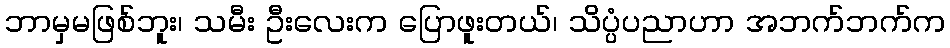
ဘာမှမဖြစ်ဘူး၊ သမီး ဦးလေးက ပြောဖူးတယ်၊ သိပ္ပံပညာဟာ အဘက်ဘက်က